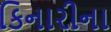
કિનારીના